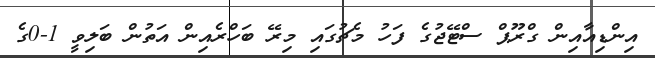
އިންޑިއާއިން ގްރޫޕް ސްޓޭޖުގެ ފަހު މެޗުގައި މިރޭ ބަހްރެއިން އަތުން ބަލިވީ 1-0ގެ